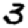
Digit: 3